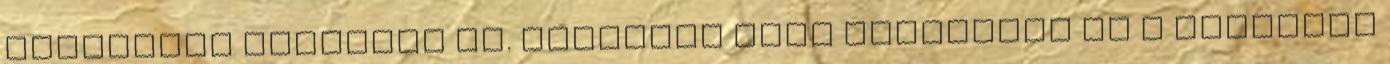
világából kerülnek ki. Hatalmas erôk fordítják el a fiatalok